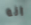
انه